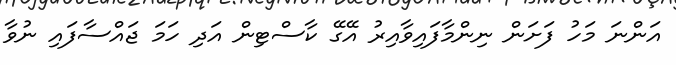
އަންނަ މަހު ފަށަން ނިންމާފައިވާއިރު އޭގޭ ކާސްޓިން އަދި ހަމަ ޖައްސާފައި ނުވާ